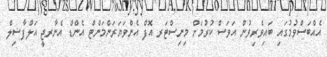
އެއްބަސްވުމުގައި ބައިވެރިވުން އަވަސް ކުރުމަށް މިނިސްޓަރ އޮފް އެންވަޔަރަންމަންޓް އެންޑް އެނާރޖީ އަލްފާޟިލް